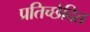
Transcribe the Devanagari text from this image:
प्रतिच्छेदित